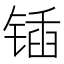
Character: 锸